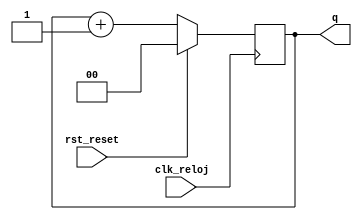
`timescale 1ns / 1ps
//////////////////////////////////////////////////////////////////////////////////
// Company: 
// Engineer: 
// 
// Design Name: 
// Module Name:    ContadorNbits 
// Project Name: 
// Target Devices: 
// Tool versions: 
// Description: 
//
// Dependencies: 
//
// Revision: 
// Revision 0.01 - File Created
// Additional Comments: 
//
//////////////////////////////////////////////////////////////////////////////////



module Contador_2_Bits(
	input wire clk_reloj,
	input wire rst_reset,
	//input wire en_enable,
	output reg [1:0] q
    );

initial begin q <= 2'd0; end
always@(posedge clk_reloj)
	if(rst_reset)
		q <= 2'd0;
	else //if(en_enable)
		q <= q + 1'b1;

endmodule